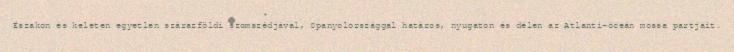
Északon és keleten egyetlen szárazföldi szomszédjával, Spanyolországgal határos, nyugaton és délen az Atlanti-óceán mossa partjait.